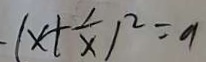
( x + \frac { 1 } { x } ) ^ { 2 } = 9